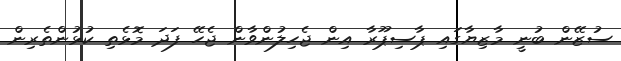
ސުޒޭން ބުނީ މާޒިޔާގައި ޕާސިޕޫރާ އިން ޖެހިލުންވާން ޖެހޭ ފަދަ މޮޅެތި ކުޅުންތެރިން